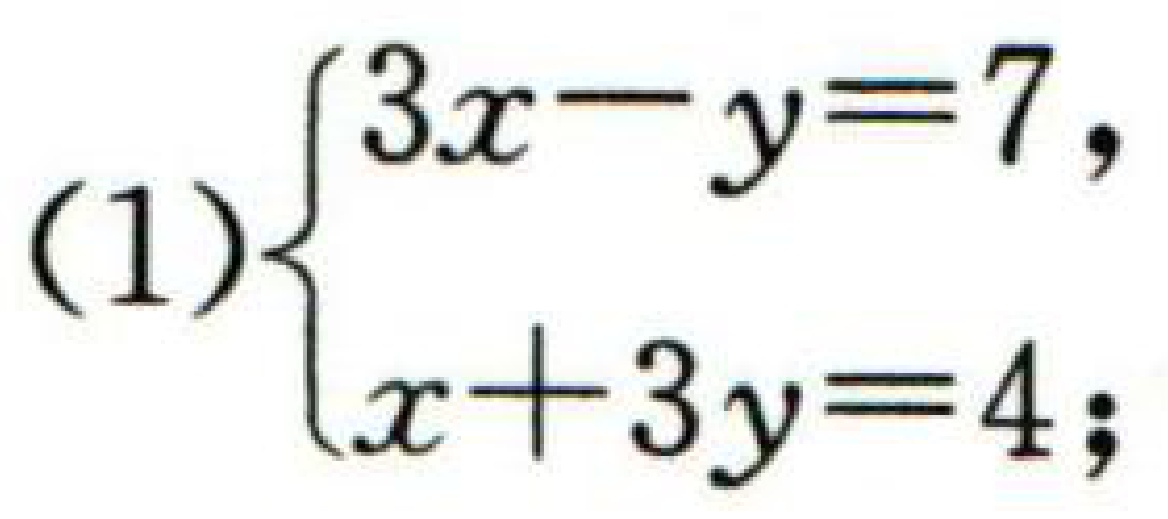
(1)$\begin{cases}3x - y = 7,\\x + 3y = 4;\end{cases}$